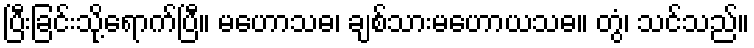
ပြီးခြင်းသို့ရောက်ပြီ။ မဟောသဓ၊ ချစ်သားမဟောယသဓ။ တွံ၊ သင်သည်။